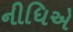
નીધિએ